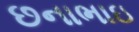
છનાભાઇ